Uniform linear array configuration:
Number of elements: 12
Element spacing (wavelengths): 1
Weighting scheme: exponential
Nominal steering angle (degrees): -60
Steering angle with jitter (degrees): -59.268
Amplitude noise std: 0.05
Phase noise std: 0.05

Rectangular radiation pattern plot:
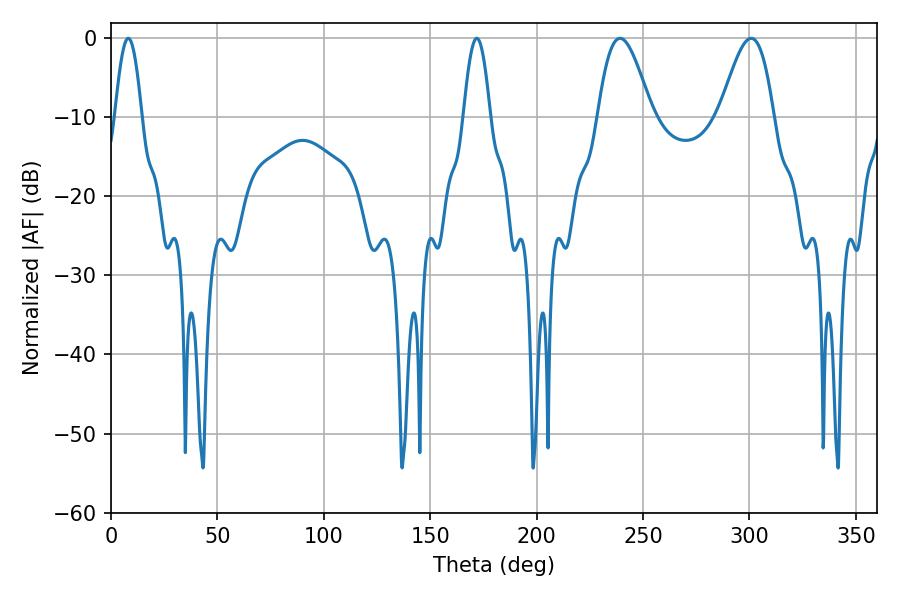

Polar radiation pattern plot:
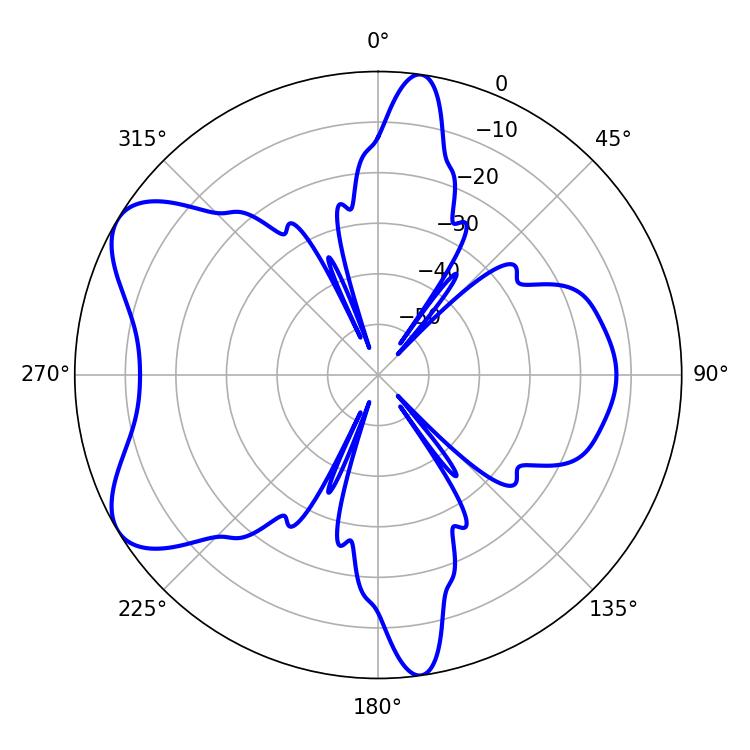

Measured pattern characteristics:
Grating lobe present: TRUE
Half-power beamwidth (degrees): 6.84
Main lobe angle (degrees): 8.1